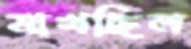
মাখছিল